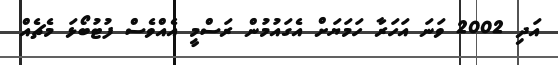
އަދި 2002 ވަނަ އަހަރާ ހަމަޔަށް އެގައުމުން ރަސްމީ އެއްވެސް ފުޓުބޯޅަ މެޗެއް